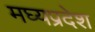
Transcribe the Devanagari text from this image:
मघ्‍यप्रदेश